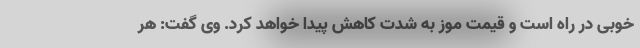
خوبی در راه است و قیمت موز به شدت کاهش پیدا خواهد کرد. وی گفت: هر